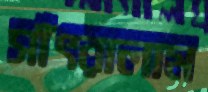
সাঁৎরালাম